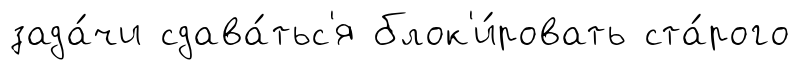
зада́чи сдава́тьс'я блок'и́ровать ста́рого